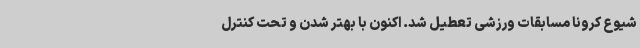
شیوع کرونا مسابقات ورزشی تعطیل شد. اکنون با بهتر شدن و تحت کنترل